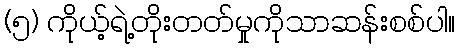
(၅) ကိုယ့်ရဲ့တိုးတတ်မှုကိုသာဆန်းစစ်ပါ။